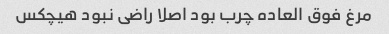
مرغ فوق العاده چرب بود اصلا راضی نبود هیچکس